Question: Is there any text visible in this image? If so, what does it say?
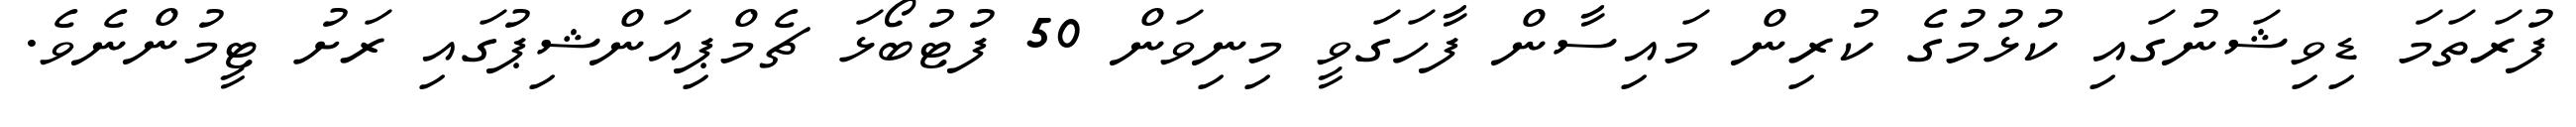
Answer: ފުރަތަމަ ޑިވިޝަނުގައި ކުޅުމުގެ ކުރިން މައިސާން ފާހަގަވީ މިނިވަން 50 ފުޓުބޯޅަ ޗެމްޕިއަންޝިޕުގައި ރަށު ޓީމުންނެވެ.